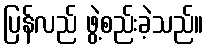
ပြန်လည် ဖွဲ့စည်းခဲ့သည်။